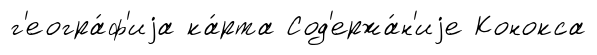
г'еогра́ф'иjа ка́рта Сод'ержа́н'иjе Конокса